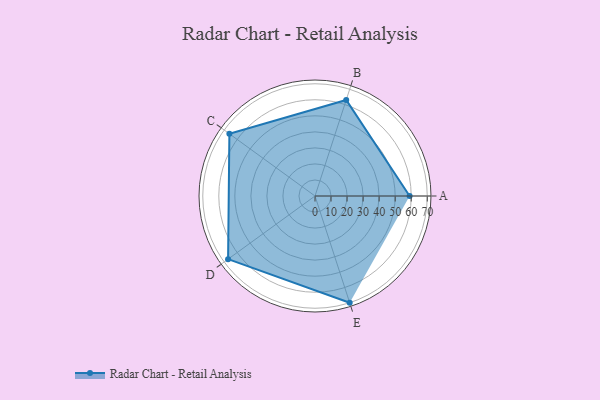
{"axis": {"x": "Skill", "y": "Score"}, "legend": ["Profile"], "data": [{"x": "A", "y": 59.0, "type": "Profile"}, {"x": "B", "y": 63.0, "type": "Profile"}, {"x": "C", "y": 66.0, "type": "Profile"}, {"x": "D", "y": 67.0, "type": "Profile"}, {"x": "E", "y": 70.0, "type": "Profile"}]}